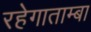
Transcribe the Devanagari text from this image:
रहेगाताम्बा